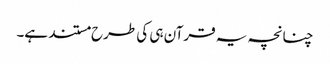
چنانچہ یہ قرآن ہی کی طرح مستند ہے۔